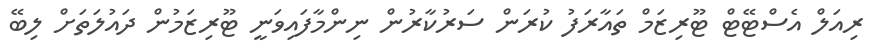
ރިއަލް އެސްޓޭޓް ޓޫރިޒަމް ތައާރަފު ކުރަން ސަރުކާރުން ނިންމާފައިވަނީ ޓޫރިޒަމުން ދައުލަތަށް ލިބޭ